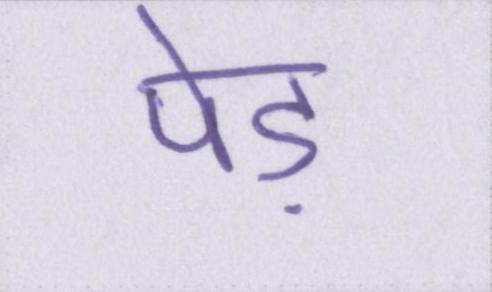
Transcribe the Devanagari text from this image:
पेड़